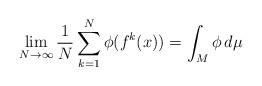
LaTeX: \begin{align*} \lim_{N \to \infty} \frac{1}{N}\sum_{k = 1}^N \phi(f^k(x)) = \int_M \phi \, d \mu\end{align*}